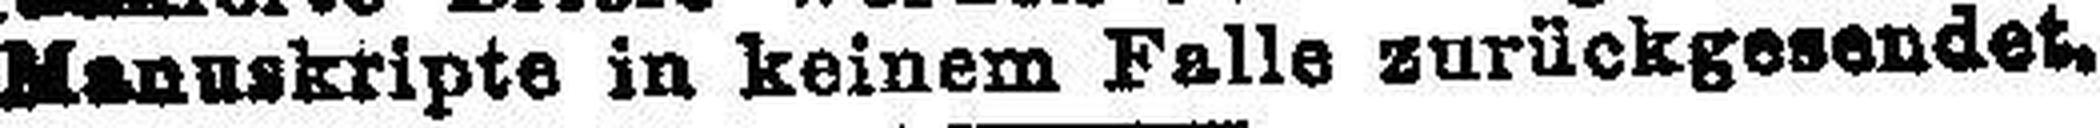
Manuskripte in keinem Falle zurückgesendet.